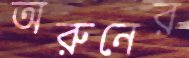
অরুনের